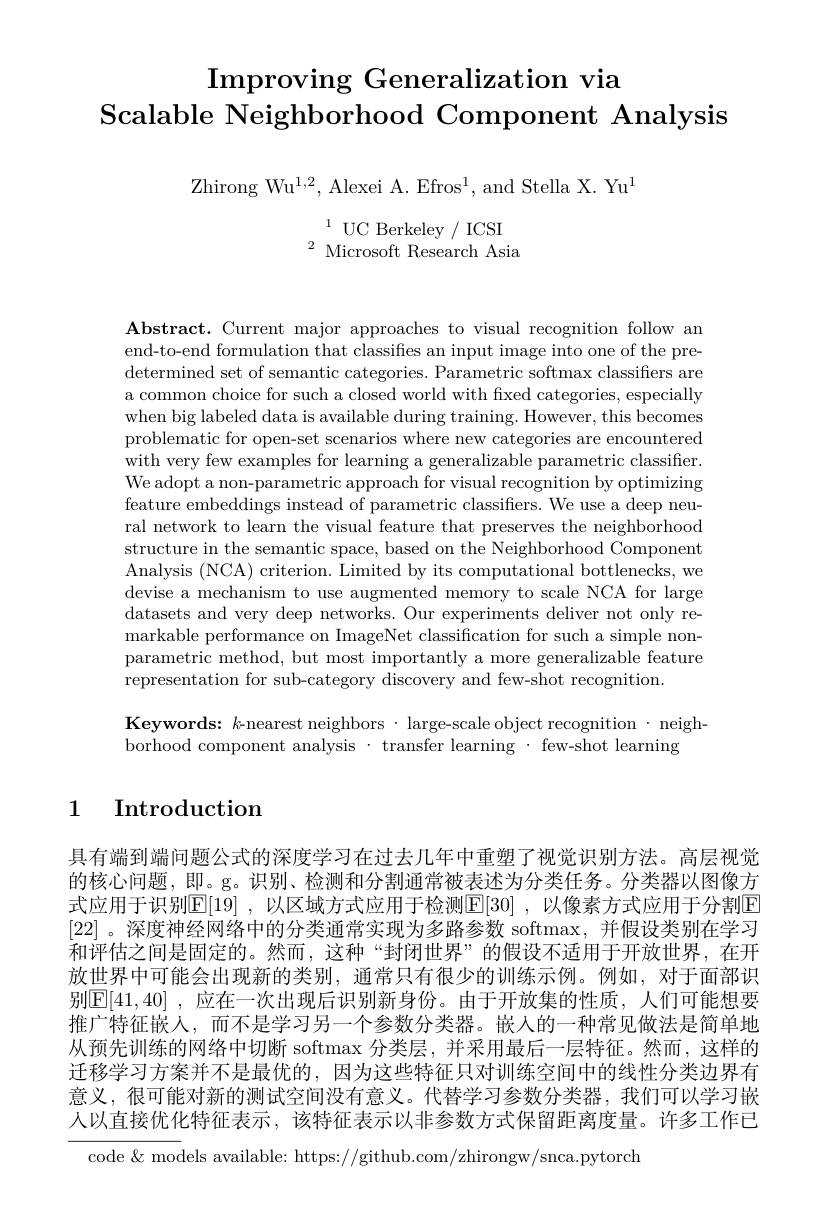
# Improving Generalization via Scalable Neighborhood Component Analysis

$\mathrm{Zhirong~Wu}^{1,2}$,Alexei A.Efros$^1$,and Stella X. Yu$^{1}$

$\begin{array}{cc}^{1}\text{UC Berkeley/ ICSI}\\^{2}\text{Microsoft Research Asia}\end{array}$

$\mathbf{Abstract.~Current~major~approaches~to~visual~recognition~follow~an}$ end-to-end formulation that classifies an input image into one of the predetermined set of semantic categories. Parametric softmax classifiers are a common choice for such a closed world with fixed categories, especially when big labeled data is available during training. However, this becomes problematic for open-set scenarios where new categories are encountered with very few examples for learning a generalizable parametric classiffer. We adopt a non-parametric approach for visual recognition by optimizing feature embeddings instead of parametric classifiers. We use a deep neural network to learn the visual feature that preserves the neighborhood structure in the semantic space, based on the Neighborhood Component Analysis (NCA) criterion. Limited by its computational bottlenecks, we devise a mechanism to use augmented memory to scale NCA for large datasets and very deep networks. Our experiments deliver not only remarkable performance on ImageNet classification for such a simple nonparametric method, but most importantly a more generalizable feature representation for sub-category discovery and few-shot recognition

Keywords: $k$-nearest neighbors·large-scale object recognition·neigh-
borhood component analysis · transfer learning · few-shot learning

## 1 Introduction

具有端到端问题公式的深度学习在过去几年中重塑了视觉识别方法。高层视觉的核心问题，即。g。识别、检测和分割通常被表述为分类任务。分类器以图像方式应用于识别$\overline {\mathbb{E} }[ 19]$ , $以 区 域 方 式 应 用 于 检 测 [ E[ 30]$ , $以 像 素 方 式 应 用 于 分 割 E$ [22] 。深度神经网络中的分类通常实现为多路参数 softmax,并假设类别在学习和评估之间是固定的。然而，这种“封闭世界”的假设不适用于开放世界，在开放世界中可能会出现新的类别，通常只有很少的训练示例。例如，对于面部识别$\mathbb{E}[41,40]$ ,应在一次出现后识别新身份。由于开放集的性质，人们可能想要推广特征嵌入，而不是学习另一个参数分类器。嵌入的一种常见做法是简单地从预先训练的网络中切断 softmax 分类层，并采用最后一层特征。然而，这样的迁移学习方案并不是最优的，因为这些特征只对训练空间中的线性分类边界有意义，很可能对新的测试空间没有意义。代替学习参数分类器，我们可以学习嵌人以直接优化特征表示，该特征表示以非参数方式保留距离度量。许多工作已
code& models available: https://github.com/zhirongw/snca.pytorch